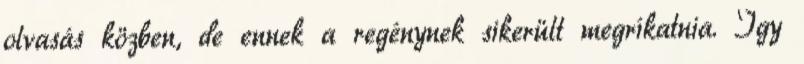
olvasás közben, de ennek a regénynek sikerült megríkatnia. Így